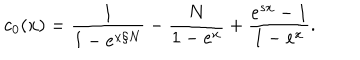
LaTeX: c _ { 0 } ( x ) = \frac { 1 } { 1 - e ^ { x / N } } - \frac { N } { 1 - e ^ { x } } + \frac { e ^ { s x } - 1 } { 1 - e ^ { x } } .